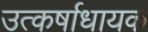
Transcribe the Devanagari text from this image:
उत्कर्षाधायक